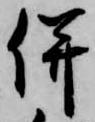
併